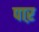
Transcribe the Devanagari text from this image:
पाऱ